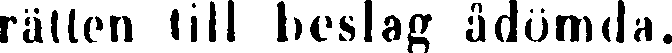
rätten till beslag ådömda.